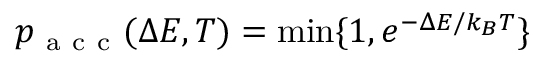
p _ { \mathrm { ~ a ~ c ~ c ~ } } ( \Delta E , T ) = \operatorname* { m i n } \{ 1 , e ^ { - \Delta E / k _ { B } T } \}